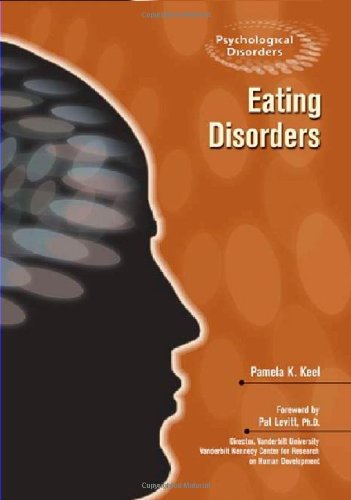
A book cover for Eating Disorders (Psychological Disorders); Pamela K. Keel; Teen & Young Adult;